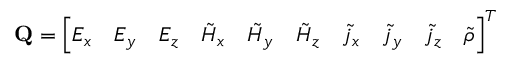
\mathbf { Q } = \left[ E _ { x } \quad E _ { y } \quad E _ { z } \quad \Tilde { H } _ { x } \quad \Tilde { H } _ { y } \quad \Tilde { H } _ { z } \quad \Tilde { j } _ { x } \quad \Tilde { j } _ { y } \quad \Tilde { j } _ { z } \quad \Tilde { \rho } \right] ^ { T }